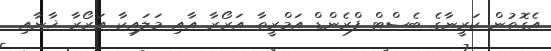
އެގޮތުން ކަރީނާގެ ބެސްޓް ފްރެންޑް އަމްރީތާ އަރޯރާ އާއި މަލައިކާ އަރޯރާ ޚާނާއި